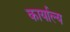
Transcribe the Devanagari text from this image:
कार्याल्य